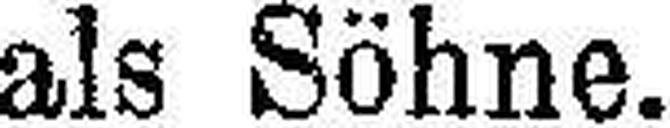
als Söhne.